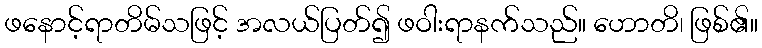
ဖနောင့်ရာတိမ်သဖြင့် အလယ်ပြတ်၍ ဖဝါးရာနက်သည်။ ဟောတိ၊ ဖြစ်၏။